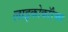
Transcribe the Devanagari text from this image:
लाइकोकॉरेक्स